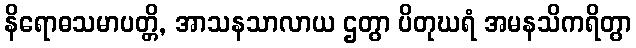
နိရောဓသမာပတ္တိ, အာသနသာလာယ ဌတွာ ပိတုဃရံ အမနသိကရိတွာ